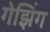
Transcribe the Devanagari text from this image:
गेझिंग